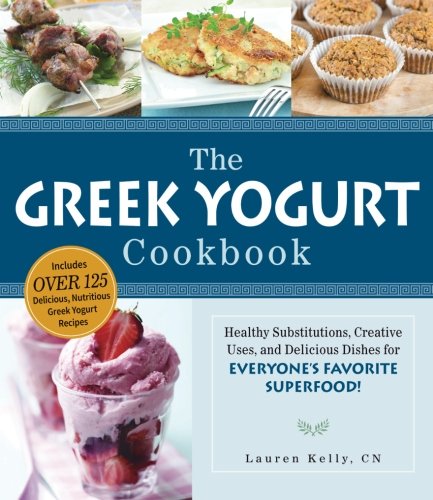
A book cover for The Greek Yogurt Cookbook: Includes Over 125 Delicious, Nutritious Greek Yogurt Recipes; Lauren Kelly; Cookbooks, Food & Wine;